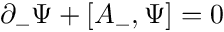
\partial _ { - } { \Psi } + [ A _ { - } , { \Psi } ] = 0